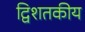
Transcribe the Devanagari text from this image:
द्विशतकीय